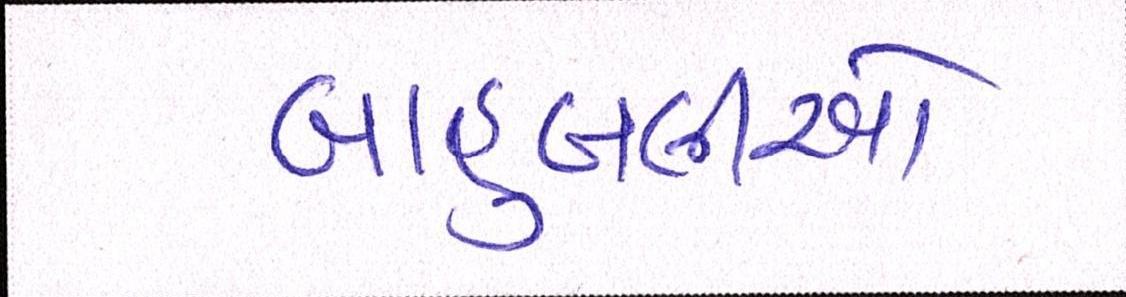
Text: બાદુબલીઓ